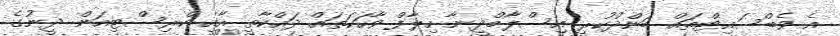
އެ ވެބްސައިޓްތައް ބަންދުކުރީ އިސްލާމްދީނާ ހިލާފް ވާހަކަތައް ދައްކާތީ އާއި ކްރިސްޓިއަން ދީނުގެ